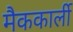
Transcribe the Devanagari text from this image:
मैककार्ली